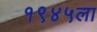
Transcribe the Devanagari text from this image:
१९४५ला